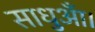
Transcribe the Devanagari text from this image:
साधुआँ।